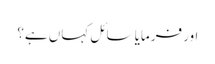
اور فرمایا سائل کہاں ہے؟